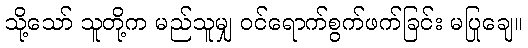
သို့သော် သူတို့က မည်သူမျှ ဝင်ရောက်စွက်ဖက်ခြင်း မပြုချေ။